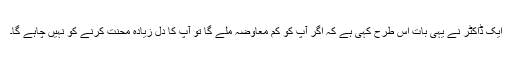
ایک ڈاکٹر نے یہی بات اس طرح کہی ہے کہ اگر آپ کو کم معاوضہ ملے گا تو آپ کا دل زیادہ محنت کرنے کو نہیں چاہے گا۔